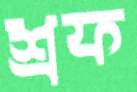
শ্রফ